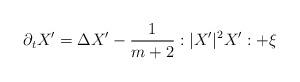
LaTeX: \begin{align*}\partial_t X' = \Delta X' - \frac{1}{m+2} :|X'|^2 X': + \xi\end{align*}